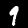
Label: 9